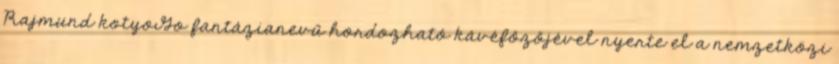
Rajmund kotyoGo fantázianevű hordozható kávéfőzőjével nyerte el a nemzetközi